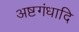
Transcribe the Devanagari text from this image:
अष्टगंधादि